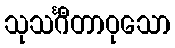
သုသင်္ဂီတာဝုသော